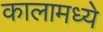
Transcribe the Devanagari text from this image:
कालामध्ये